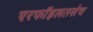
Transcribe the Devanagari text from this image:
एरफॉइलतसेच